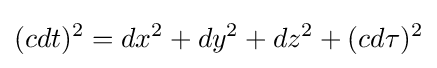
(cdt)^{2}=dx^{2}+dy^{2}+dz^{2}+(cd\tau )^{2}